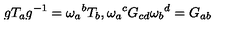
g T _ { a } g ^ { - 1 } = \omega _ { a } { } ^ { b } T _ { b } , \omega _ { a } { } ^ { c } G _ { c d } \omega _ { b } { } ^ { d } = G _ { a b }